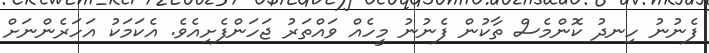
ފެނުނު ހިނދު ކޮންމެސް ތާކުން ފެނުނު މީހެއް ވައްތަރު ޖަހަންފެށިއެވެ. އެކަމަކު އަހަރެންނަށް